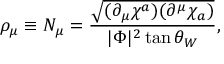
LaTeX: \rho _ { \mu } \equiv { \cal N } _ { \mu } = \frac { \sqrt { ( \partial _ { \mu } \chi ^ { a } ) ( \partial ^ { \mu } \chi _ { a } ) } } { | \Phi | ^ { 2 } \tan \theta _ { W } } ,